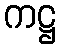
ကဋ္ဌ